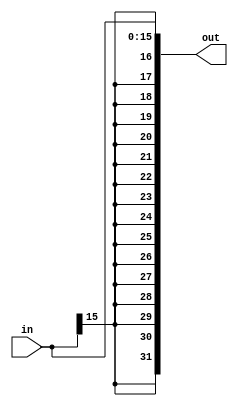
`timescale 1ns / 1ps

//16 bits >> 32 bits
module sign_extend(
	input wire[15:0] in,
	output wire[31:0] out
    );

	assign out = {{16{in[15]}},in};
endmodule